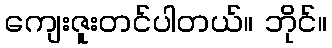
ကျေးဇူးတင်ပါတယ်။ ဘိုင်။